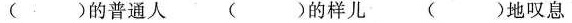
()的普通人 ()的样儿 ()地叹息